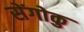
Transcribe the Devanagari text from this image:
सेंगोकु